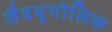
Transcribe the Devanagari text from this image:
जैवभूगोलिक